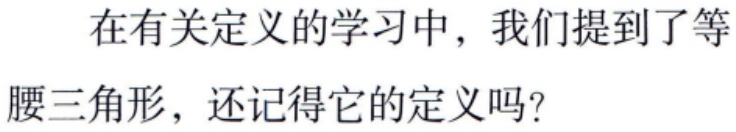
在有关定义的学习中，我们提到了等腰三角形，还记得它的定义吗？